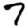
Digit: 7